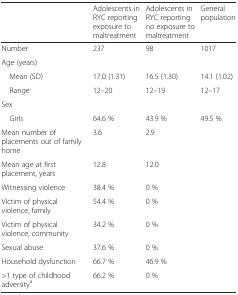
<table><thead><tr><td></td><td><b>Adolescents in RYC reporting exposure to maltreatment</b></td><td><b>Adolescents in RYC reporting no exposure to maltreatment</b></td><td><b>General population</b></td></tr></thead><tbody><tr><td>Number</td><td>237</td><td>98</td><td>1017</td></tr><tr><td colspan="4">Age (years)</td></tr><tr><td> Mean (SD)</td><td>17.0 (1.31)</td><td>16.5 (1.30)</td><td>14.1 (1.02)</td></tr><tr><td> Range</td><td>12–20</td><td>12–19</td><td>12–17</td></tr><tr><td colspan="4">Sex</td></tr><tr><td> Girls</td><td>64.6 %</td><td>43.9 %</td><td>49.5 %</td></tr><tr><td>Mean number of placements out of family home</td><td>3.6</td><td>2.9</td><td></td></tr><tr><td>Mean age at first placement, years</td><td>12.8</td><td>12.0</td><td></td></tr><tr><td>Witnessing violence</td><td>38.4 %</td><td>0 %</td><td></td></tr><tr><td>Victim of physical violence, family</td><td>54.4 %</td><td>0 %</td><td></td></tr><tr><td>Victim of physical violence, community</td><td>34.2 %</td><td>0 %</td><td></td></tr><tr><td>Sexual abuse</td><td>37.6 %</td><td>0 %</td><td></td></tr><tr><td>Household dysfunction</td><td>66.7 %</td><td>46.9 %</td><td></td></tr><tr><td>&gt;1 type of childhood adversity<sup>a</sup></td><td>66.2 %</td><td>0 %</td><td></td></tr></tbody></table>